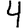
Digit: 4